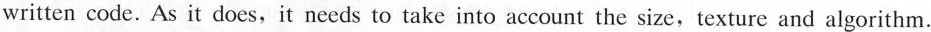
written code. As it does,it needs to take into account the size,texture and algorithm.